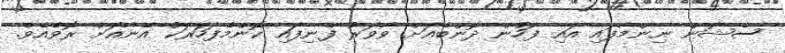
ސެޝަން ނިންމާފައި އައި ފަހުން ދޮންބެއަށް ވާވަރު ފެނިފައި ކޮންމެފަހަރަކު އޭނާއަށް ރޮވެއެވެ.